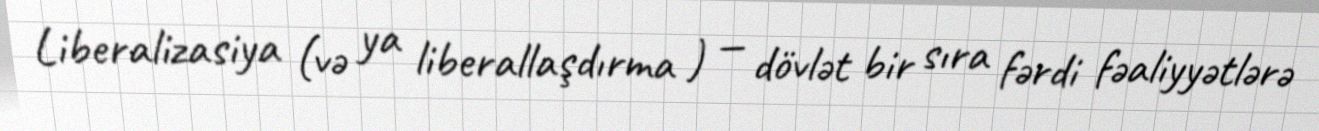
Liberalizasiya (və ya liberallaşdırma ) — dövlət bir sıra fərdi fəaliyyətlərə